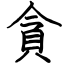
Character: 貪